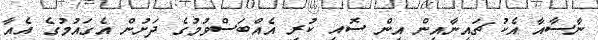
ނާސާއާ އެކު ޗައިނާއިން އިން ސޮއި ކުރި އެއްބަސްވުމުގެ ދަށުން އެގައުމުގެ އެއާ